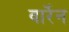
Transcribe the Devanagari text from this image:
वार्रेन